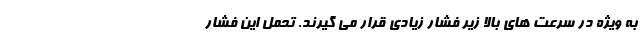
به ویژه در سرعت های بالا زیر فشار زیادی قرار می گیرند. تحمل این فشار